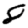
Digit: 8